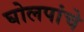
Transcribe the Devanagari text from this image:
घोलपांचे